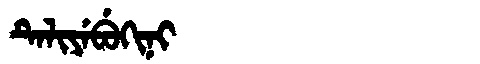
Manchu: ᡨᡝᠯᡳᠶᡝᠪᡠᡴᡳᠨᡳ
Romanization: TELIYEBUKINI